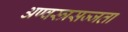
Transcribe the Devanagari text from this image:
अण्वस्त्रसज्जता